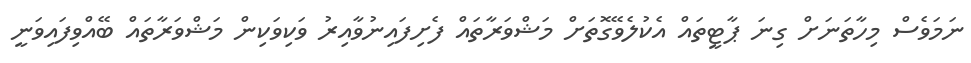
ނަމަވެސް މިހާތަނަށް ގިނަ ޕާޓީތައް އެކުލެވޭގޮތަށް މަޝްވަރާތައް ފެށިފައިނުވާއިރު ވަކިވަކިން މަޝްވަރާތައް ބޭއްވިފައިވަނީ